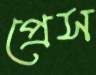
প্রেস